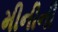
મીનીની